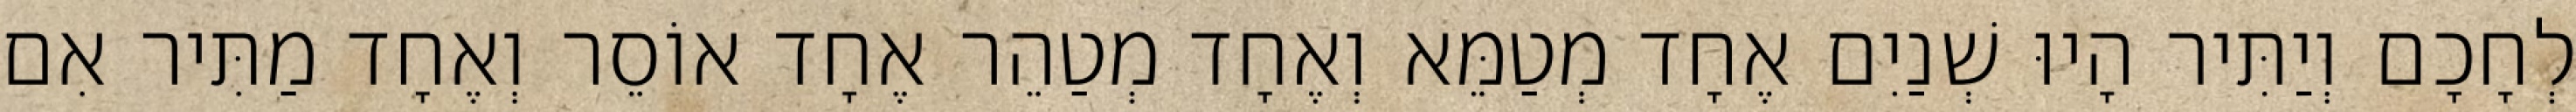
לְחָכָם וְיַתִּיר הָיוּ שְׁנַיִם אֶחָד מְטַמֵּא וְאֶחָד מְטַהֵר אֶחָד אוֹסֵר וְאֶחָד מַתִּיר אִם